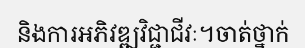
និងការអភិវឌ្ឍវិជ្ជាជីវៈ។ចាត់ថ្នាក់